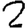
Digit: 2